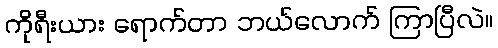
ကိုရီးယား ရောက်တာ ဘယ်လောက် ကြာပြီလဲ။